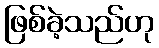
ဖြစ်ခဲ့သည်ဟု